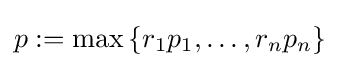
p:=\max \left\{r_{1}p_{1},\ldots ,r_{n}p_{n}\right\}